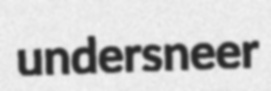
undersneer